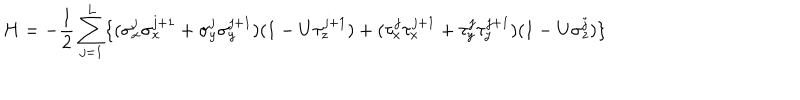
H = - \frac { 1 } { 2 } \sum _ { j = 1 } ^ { L } \{ ( \sigma _ { x } ^ { j } \sigma _ { x } ^ { j + 1 } + \sigma _ { y } ^ { j } \sigma _ { y } ^ { j + 1 } ) ( 1 - U \tau _ { z } ^ { j + 1 } ) + ( \tau _ { x } ^ { j } \tau _ { x } ^ { j + 1 } + \tau _ { y } ^ { j } \tau _ { y } ^ { j + 1 } ) ( 1 - U \sigma _ { z } ^ { j } ) \}